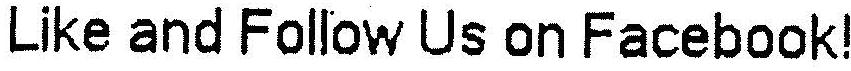
LIKE AND FOLLOW US ON FACEBOOK!